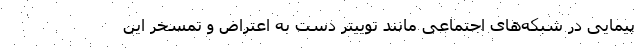
پیمایی در شبکه‌های اجتماعی مانند توییتر دست به اعتراض و تمسخر این